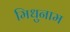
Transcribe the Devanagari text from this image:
मिधुनाम